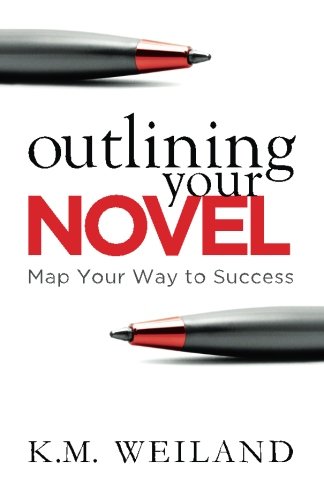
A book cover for Outlining Your Novel: Map Your Way to Success; K. M. Weiland; Reference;